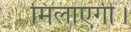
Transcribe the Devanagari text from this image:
मिलाएगी।